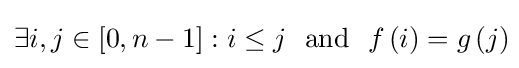
\exists i,j\in \left[0,n-1\right]:i\leq j~~{\textrm {and}}~~f\left(i\right)=g\left(j\right)\!